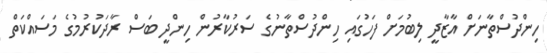
ހިންދުސްތާނަށް އާޒާދީ ލިބުމަށް ފަހުގައި ހިންދުސްތާނުގެ ސަރުކާރުން ހިންދީ ބަސް ރާދަކުރުމުގެ މަސައްކަތް